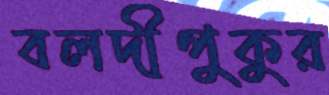
বলদীপুকুর